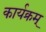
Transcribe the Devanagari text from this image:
कार्यक्रम्